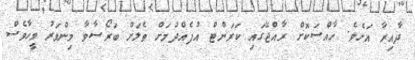
ދާއިރާ އަށެވެ. ހާއްސަކޮށް ރާއްޖޭގައި ކަރަންޓް އުފެއްދުމަށް ތެލަށް ބަރޯސާވާ މިންވަރު ވީހާވެސް